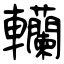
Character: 轥